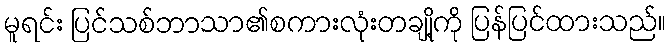
မူရင်း ပြင်သစ်ဘာသာ၏စကားလုံးတချို့ကို ပြန်ပြင်ထားသည်။